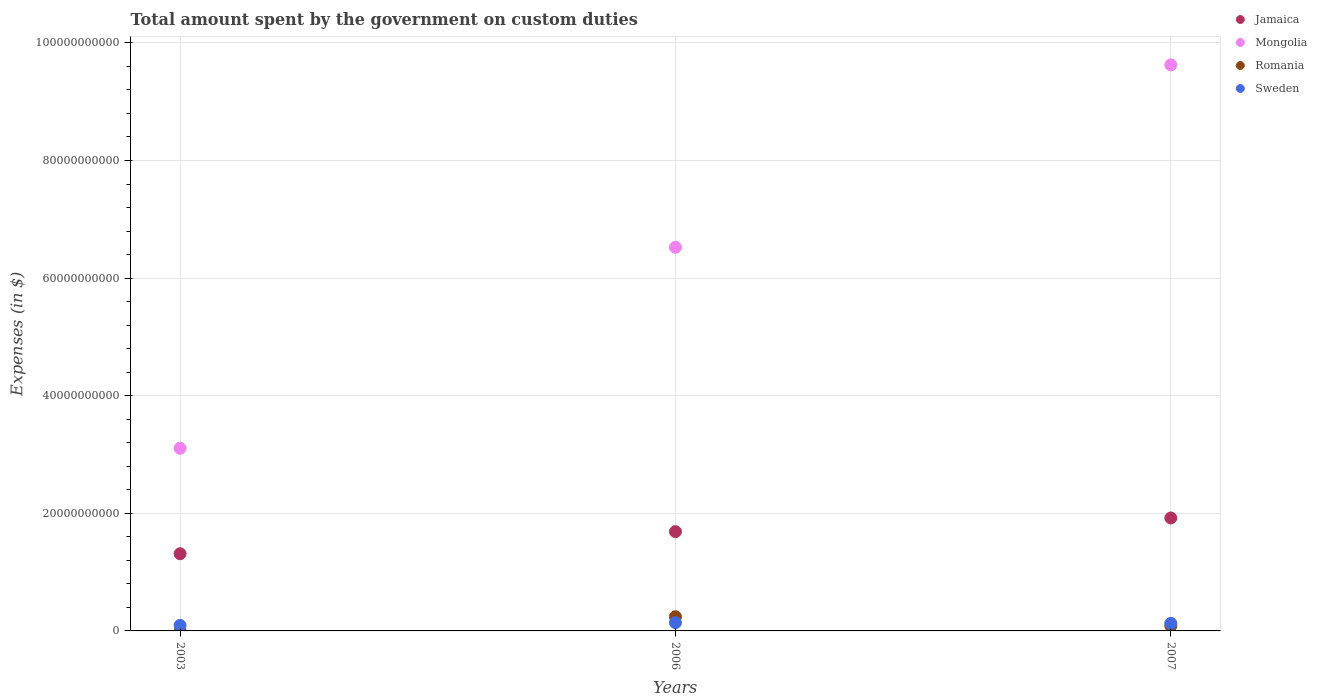
| Years | Jamaica | Mongolia | Romania | Sweden |
 | --- | --- | --- | --- | --- |
 | 2003 | 1.31e+10 | 3.11e+10 | 5.31e+06 | 9.39e+08 |
 | 2006 | 1.69e+10 | 6.52e+10 | 2.41e+09 | 1.4e+09 |
 | 2007 | 1.92e+10 | 9.63e+10 | 8.56e+08 | 1.28e+09 |